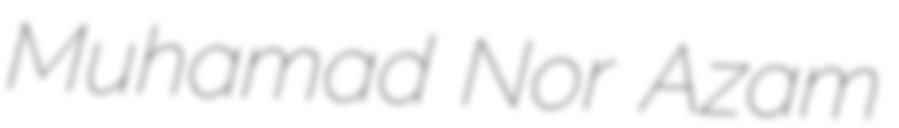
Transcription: Muhamad Nor Azam